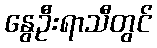
နွေဦးရာသီတွင်